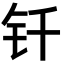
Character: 钎